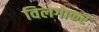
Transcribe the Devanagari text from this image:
विलगाकर